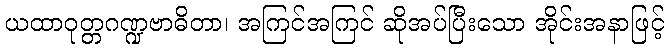
ယထာဝုတ္တဂဏ္ဍဗာဓိတာ၊ အကြင်အကြင် ဆိုအပ်ပြီးသော အိုင်းအနာဖြင့်